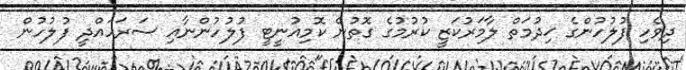
ދިވެހި ފުލުހުންގެ ޚިދުމަތް ލާމަރުކަޒީ ކުރުމުގެ ގޮތުން ކޮމިއުނީޓީ ފުލުހުންނާއި ސަރަހައްދީ ފުލުހުން